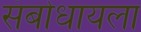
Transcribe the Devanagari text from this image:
संबोधायला